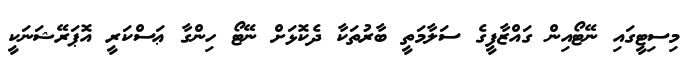
މިސިޓީގައި ނޭޓޯއިން ގައްޒާފީގެ ސަލާމަތީ ބާރުތަކާ ދެކޮޅަށް ނޭޓޯ ހިންގާ ޢަސްކަރީ އޮޕަރޭޝަނަކީ